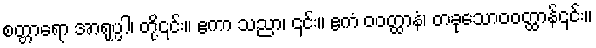
စတ္တာရော အာရုပ္ပါ၊ တို့၎င်း။ ဧကာ သညာ၊ ၎င်း။ ဧကံ ဝဝတ္ထာနံ၊ တခုသောဝဝတ္ထာန်၎င်း။